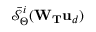
\bar { \mathcal { S } } _ { \boldsymbol { \Theta } } ^ { i } ( \mathbf { W } _ { \mathbf { T } } \mathbf { u } _ { d } )